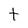
Character: t